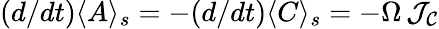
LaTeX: (d/dt)\langle A\rangle_{s}=-(d/dt)\langle C\rangle_{s}=-\Omega\, {\cal J_{C}}